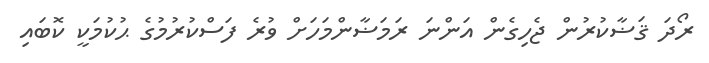
ރޯދަ ޤަޟާކުރުން ޖެހިގެން އަންނަ ރަމަޟާންމަހަށް ވުރެ ފަސްކުރުމުގެ ޙުކުމަކީ ކޮބައި